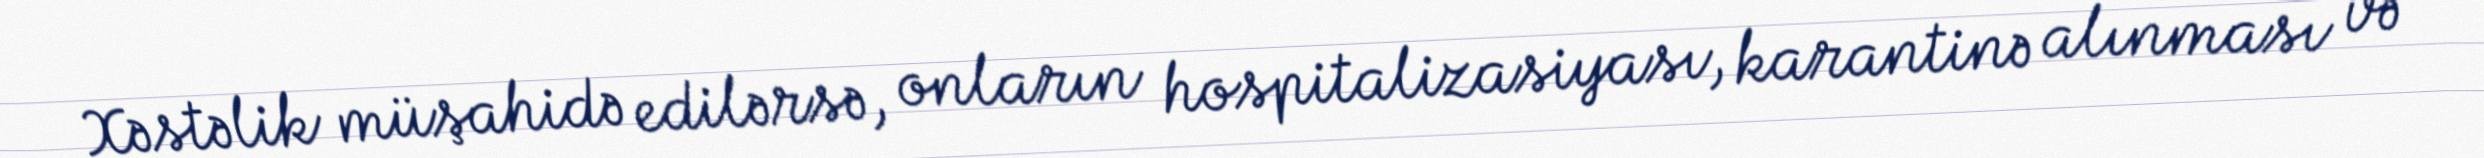
Xəstəlik müşahidə edilərsə, onların hospitalizasiyası, karantinə alınması və